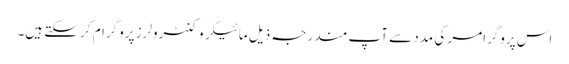
اس پروگرامر کی مدد سے آپ مندرجہ ذیل مائیکروکنٹرولرز پروگرام کر سکتے ہیں۔